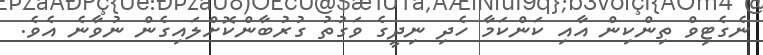
ނެގެޓިވް ތިންކިން އާއި ކަންކަމާ ހެދި ނިދީގެ ވަގުތު ގުރުބާންކޮށްލައިގެން ނުވާނެ އެވެ.